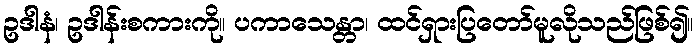
ဥဒါနံ၊ ဥဒါန်းစကားကို။ ပကာသေန္တာ၊ ထင်ရှားပြတော်မူလိုသည်ဖြစ်၍။